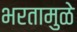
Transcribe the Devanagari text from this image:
भरतामुळे